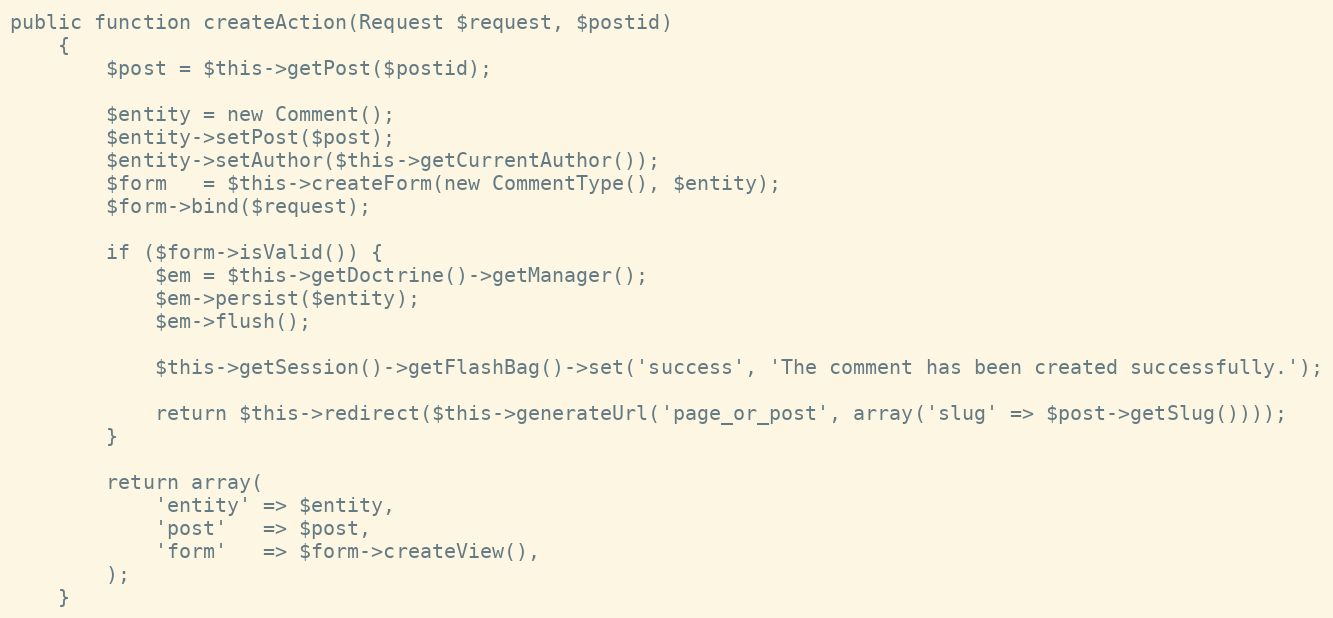
Language: PHP
public function createAction(Request $request, $postid)
    {
        $post = $this->getPost($postid);

        $entity = new Comment();
        $entity->setPost($post);
        $entity->setAuthor($this->getCurrentAuthor());
        $form   = $this->createForm(new CommentType(), $entity);
        $form->bind($request);

        if ($form->isValid()) {
            $em = $this->getDoctrine()->getManager();
            $em->persist($entity);
            $em->flush();

            $this->getSession()->getFlashBag()->set('success', 'The comment has been created successfully.');

            return $this->redirect($this->generateUrl('page_or_post', array('slug' => $post->getSlug())));
        }

        return array(
            'entity' => $entity,
            'post'   => $post,
            'form'   => $form->createView(),
        );
    }